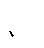
နဝါ